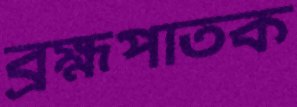
ব্রহ্মপাতক